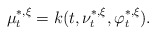
\begin{align*}\mu_t^{*,\xi}=k(t,\nu_t^{*,\xi},\varphi_t^{*,\xi}).\end{align*}